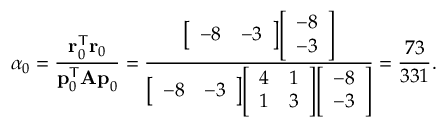
\alpha _ { 0 } = { \frac { \mathbf { r } _ { 0 } ^ { \mathsf { T } } \mathbf { r } _ { 0 } } { \mathbf { p } _ { 0 } ^ { \mathsf { T } } \mathbf { A p } _ { 0 } } } = { \frac { { \left[ \begin{array} { l l } { - 8 } & { - 3 } \end{array} \right] } { \left[ \begin{array} { l } { - 8 } \\ { - 3 } \end{array} \right] } } { { \left[ \begin{array} { l l } { - 8 } & { - 3 } \end{array} \right] } { \left[ \begin{array} { l l } { 4 } & { 1 } \\ { 1 } & { 3 } \end{array} \right] } { \left[ \begin{array} { l } { - 8 } \\ { - 3 } \end{array} \right] } } } = { \frac { 7 3 } { 3 3 1 } } .